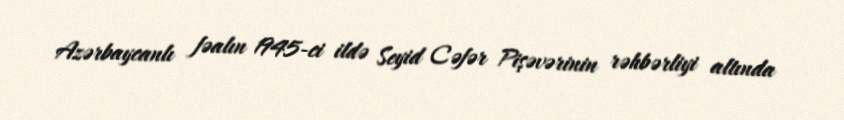
Azərbaycanlı fəalın 1945-ci ildə Seyid Cəfər Pişəvərinin rəhbərliyi altında